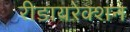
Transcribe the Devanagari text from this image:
रीडायरेक्शन